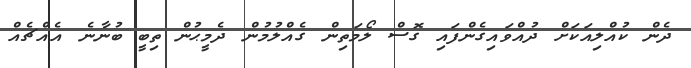
ދެން ކުއްލިއަކަށް ދުއްވައިގެންފައި ގޮސް ލޯމަތިން ގެއްލުމުން ދެމީޙުން ތިބީ ބުނާނެ އެއްޗެއް